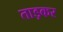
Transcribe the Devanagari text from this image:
ताड़कर